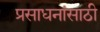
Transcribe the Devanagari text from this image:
प्रसाधनांसाठी